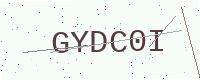
Text: GYDC0I